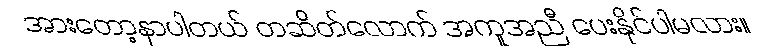
အားတော့နာပါတယ် တဆိတ်လောက် အကူအညီ ပေးနိုင်ပါမလား။